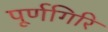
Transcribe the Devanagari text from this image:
पूर्णगिरि